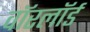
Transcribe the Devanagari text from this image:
वॉरलॉर्ड